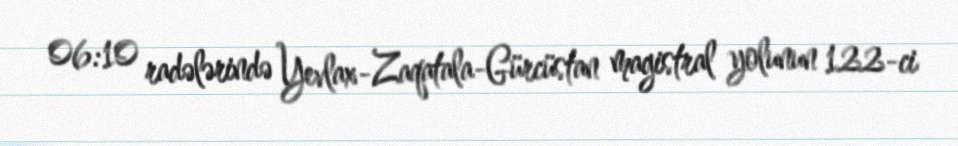
06:10 radələrində Yevlax-Zaqatala-Gürcüstan magistral yolunun 122-ci